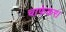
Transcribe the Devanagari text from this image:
चाफेकर।